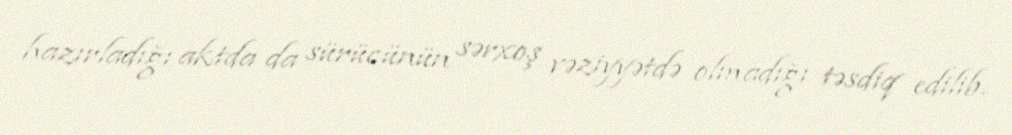
hazırladığı aktda da sürücünün sərxoş vəziyyətdə olmadığı təsdiq edilib.